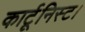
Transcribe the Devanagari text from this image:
कार्टूनिस्ट।